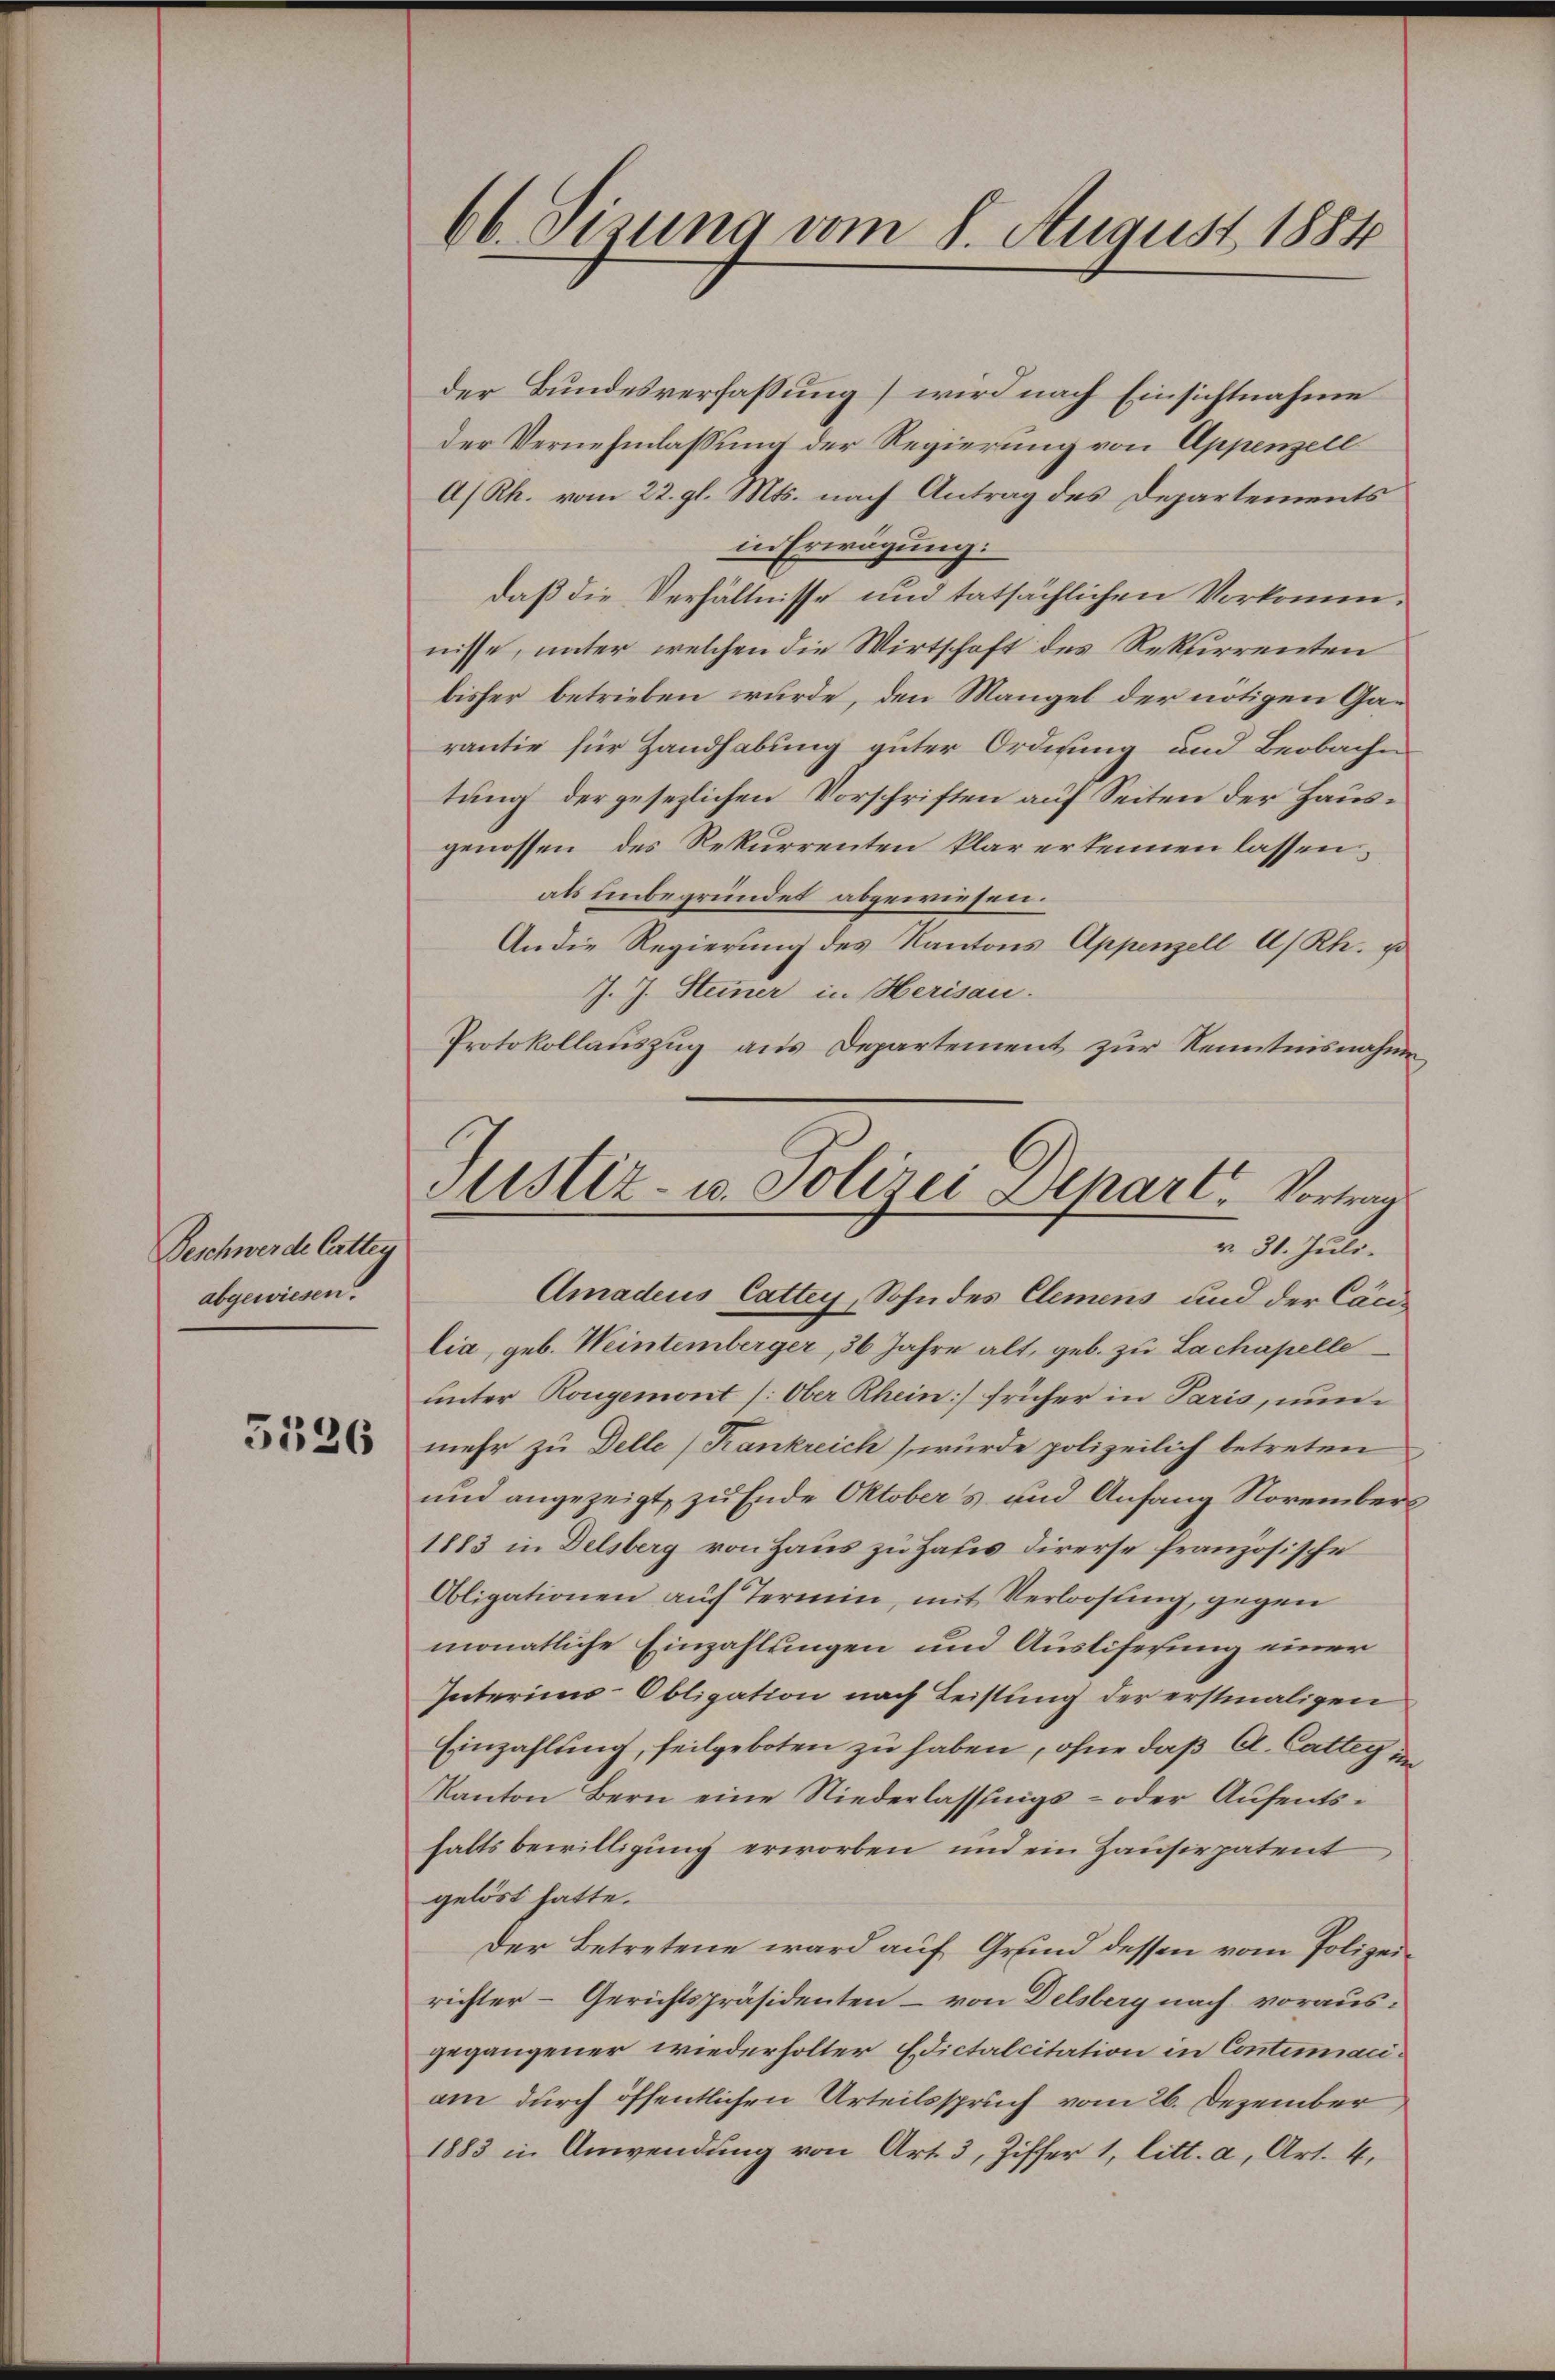
Feschwerde Cattey
abgewiesen.

5526

66. Sisung vom 8. August 1884

Justiz- u. Polizei Depart. Vortrau
v. 31. Juli.

der Bundesverfassung) wird nach Einsichtnahme
der Vernehmlassung der Regierung von Appenzell
A/Rh. vom 22. gl. Mts. nach Antrag des Departements
in Erwägung:
daß die Verhältnisse und tatsächlichen Vorkommnisse, unter welchen die Wirtschaft des Rekurrenten
bisher betrieben wurde, den Mangel der nötigen Garantie für Handhabung guter Ordnung und Beobache
tung der gesezlichen Vorschriften auf Seiten der Hausgenossen des Rekurrenten klar erkennen lassen.
als unbegründet abgewiesen.
An die Regierung des Kantons Appenzell A/Rh. so
J. J. Steiner in Herisau.
Protokollauszug aus Departement zur Kenntnisnahme
Amadeus Cattey, Sohn des Clemens und der Canlia, geb. Weintemberger, 36 Jahre alt, geb. zu Lachapelle
unter Rougemont /: Ober Rhein früher in Paris, nunmehr zu Delle (Krankreich) wurde polizeilich betreten
und angezeigt, zu Ende Oktobers und Anfang November
1883 in Delsberg von Haus zu Haus direrse französische
Obligationen auf Termin, mit Verloosung, gegen
monatliche Einzahlungen und Ausliferung einer
Interims-Obligation nach Leistung der erstmaligen
Einzahlung, feilgeboten zu haben, ohne daß A. Catter in
Kanton Bern eine Niederlassŭngs- oder Aŭfents-
haltsbewilligung erworben und ein Hausirpatent
gelöst hatte.
Der Betretene ward auf Grund dessen vom Polizeirichter - Gerichtspräsidenten – von Delsberg nach vorausgegangener wiederholter Edictalcitation in Continiaciam durch öffentlichen Urteilsspruch vom 26. Dezember,
1883 in Anwendung von Art. 3, Ziffer 1, litt. a, Art. 4.